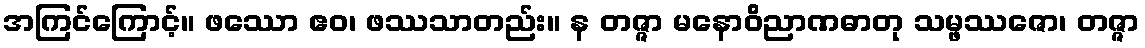
အကြင်ကြောင့်။ ဖဿော ဧဝ၊ ဖဿသာတည်း။ န တဇ္ဇာ မနောဝိညာဏဓာတု သမ္ဖဿဇော၊ တဇ္ဇာ